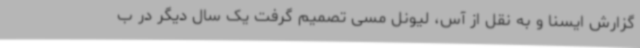
گزارش ایسنا و به نقل از آس، لیونل مسی تصمیم گرفت یک سال دیگر در ب